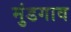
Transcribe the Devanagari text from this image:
मुंडगाव